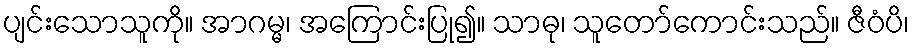
ပျင်းသောသူကို။ အာဂမ္မ၊ အကြောင်းပြု၍။ သာဓု၊ သူတော်ကောင်းသည်။ ဇီဝံပိ၊